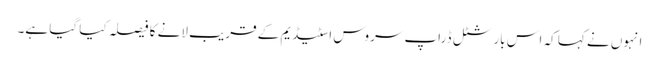
انہوں نے کہا کہ اس بار شٹل ڈراپ سروس اسٹیڈیم کے قریب لانے کا فیصلہ کیا گیا ہے۔